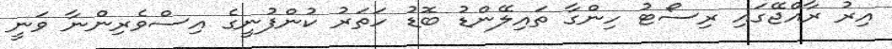
އިރު ރާއްޖޭގައި ރިސޯޓު ހިންގާ ތައިލޭންޑު ބޮޑު ހަތަރު ކުންފުނީގެ އިސްވެރިންނާ ވަނީ